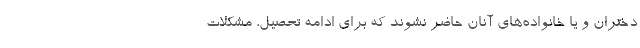
دختران و یا خانواده‌های آنان حاضر نشوند که برای ادامه تحصیل، مشکلات